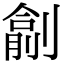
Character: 𠟖